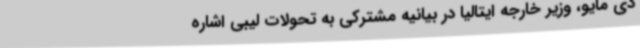
دی مایو، وزیر خارجه ایتالیا در بیانیه مشترکی به تحولات لیبی اشاره